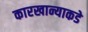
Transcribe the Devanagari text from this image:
कारखान्याकडे